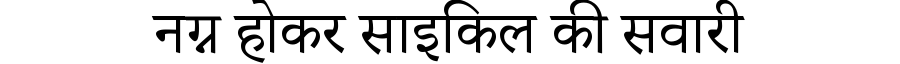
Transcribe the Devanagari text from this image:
नग्न होकर साइकिल की सवारी